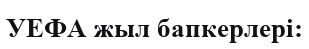
УЕФА жыл бапкерлері: